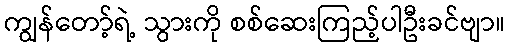
ကျွန်တော့်ရဲ့ သွားကို စစ်ဆေးကြည့်ပါဦးခင်ဗျာ။